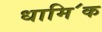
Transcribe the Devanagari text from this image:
धामि॔क